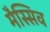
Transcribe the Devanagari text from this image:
मैस्सिव